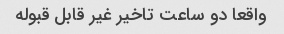
واقعا دو ساعت تاخیر غیر قابل قبوله